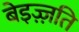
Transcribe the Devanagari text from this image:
बेइज़्ज़ति